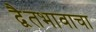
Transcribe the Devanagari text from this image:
द्वैतभावाचा